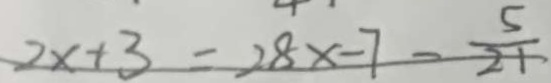
2 x + 3 = 2 8 x - 7 - \frac { 5 } { 2 1 }